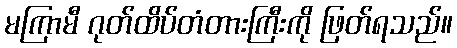
မကြာမီ ဂုတ်ထိပ်တံတားကြီးကို ဖြတ်ရသည်။